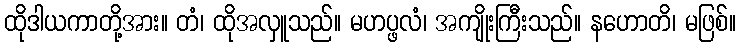
ထိုဒါယကာတို့အား။ တံ၊ ထိုအလှူသည်။ မဟပ္ဖလံ၊ အကျိုးကြီးသည်။ နဟောတိ၊ မဖြစ်။